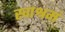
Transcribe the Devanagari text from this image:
स्वाश्रमं